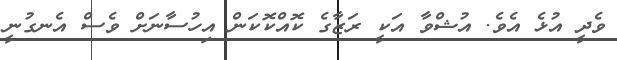
ވެދީ އުޅެ އެވެ. އުޝްވާ އަކީ ރަޒާގެ ކޮއްކޮކަން އިހުސާނަށް ވެސް އެނގުނީ